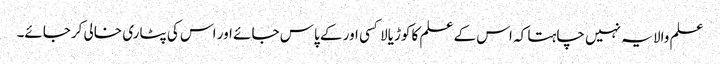
علم والا یہ نہیں چاہتا کہ اس کے علم کا کوڑیالا کسی اور کے پاس جائے اور اس کی پٹاری خالی کرجائے۔